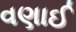
વણાઈ